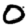
Digit: 0